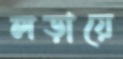
লড়ায়ে